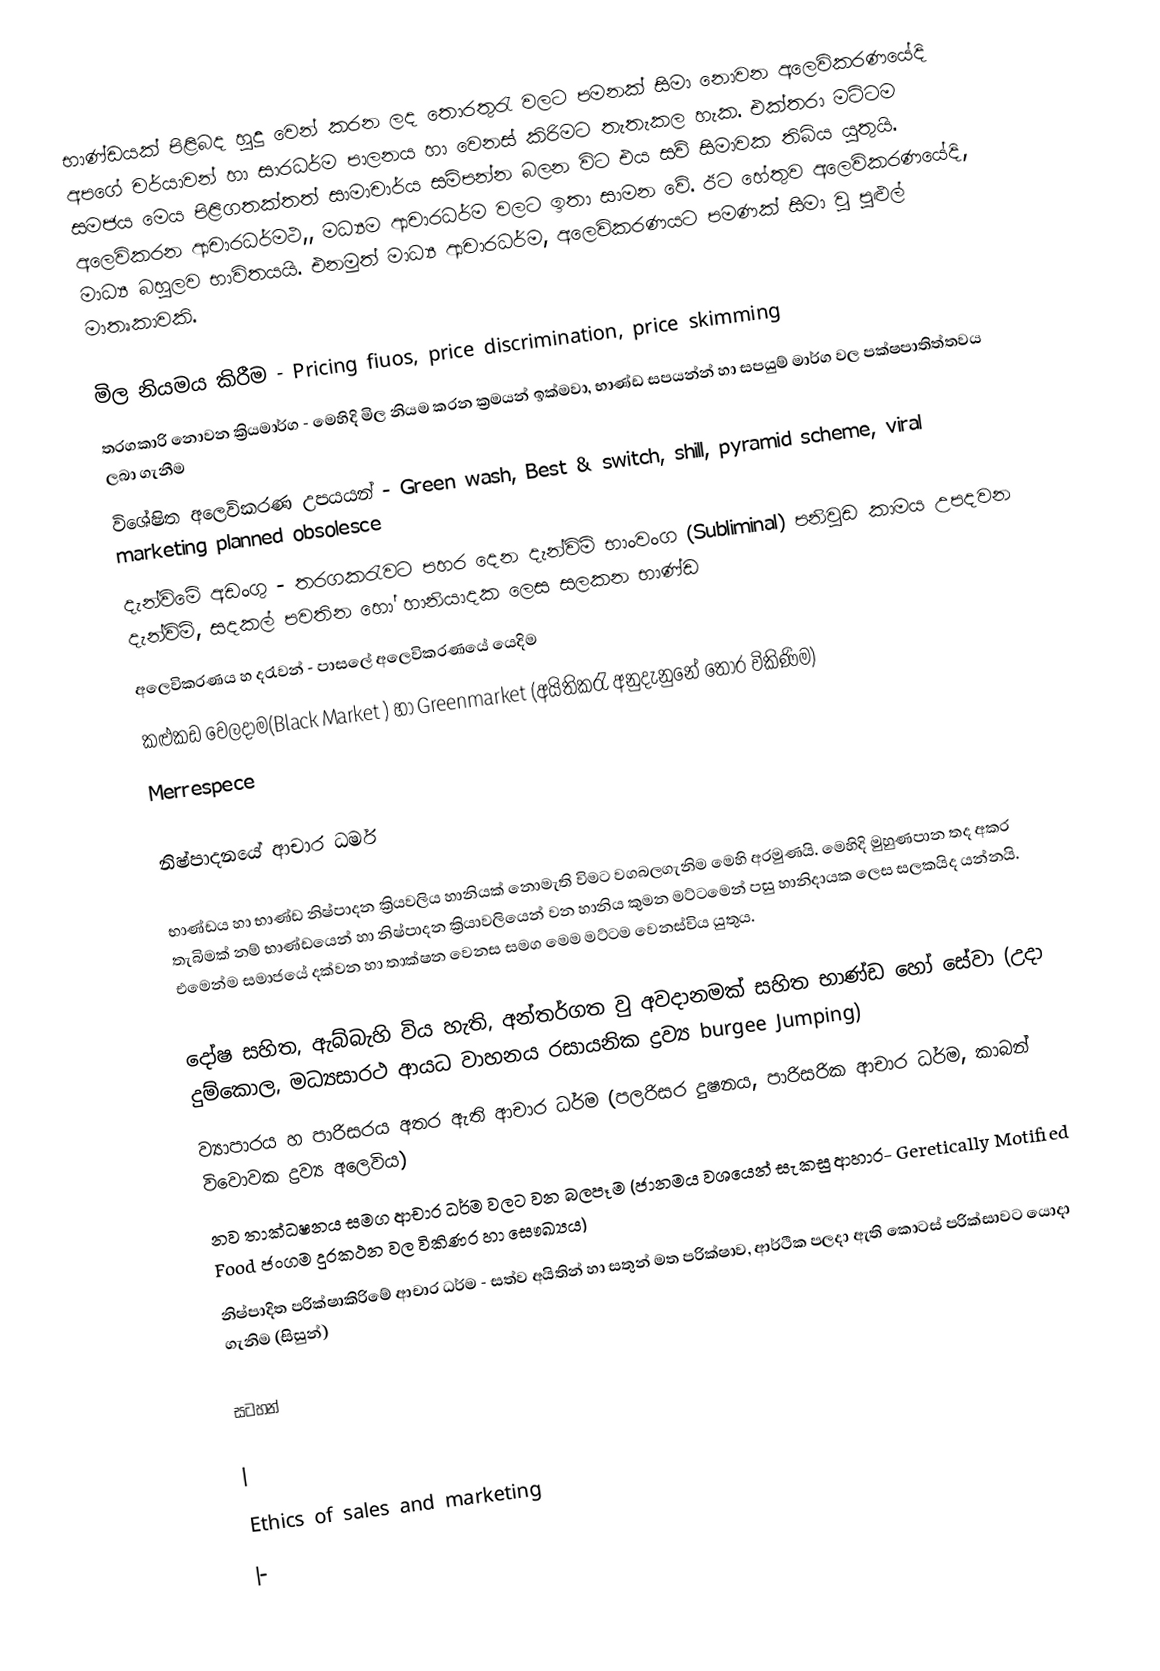
භාණ්ඩයක් පිළිබද හුදු වෙන් කරන ලද තොරතුරැ වලට පමනක් සිමා නොවන අලෙවිකරණයේදි අපගේ චර්යාවන් හා සාරධර්ම පාලනය හා වෙනස් කිරිමට තැතැකල හැක. එක්තරා මට්ටම සමජය මෙය පිළිගතක්තත් සාමාචාර්ය සම්පන්න බලන විට එය සව් සිමාවක තිබිය යුතුයි. අලෙවිකරන ආචාරධර්මථ,, මධ්‍යම ආචාරධර්ම වලට ඉතා සාමන වේ. ඊට හේතුව අලෙවිකරණයේදි, මාධ්‍ය බහුලව භාවිතයයි. එනමුත් මාධ්‍ය ආචාරධර්ම, අලෙවිකරණයට පමණක් සිමා වු පුළුල් මාතෘකාවකි.

මිල නියමය කිරීම - Pricing fiuos, price discrimination, price skimming
තරගකාරි නොවන ක්‍රියමාර්ග - මෙහිදි මිල නියම කරන ක්‍රමයන් ඉක්මවා, භාණ්ඩ සපයන්න් හා සපයුම් මාර්ග වල පක්ෂපාතිත්තවය ලබා ගැනීම
විශේෂිත අලෙවිකරණ උපයයන් - Green wash, Best & switch, shill, pyramid scheme, viral marketing planned obsolesce
දැන්විමේ අඩංගු - තරගකරැවට පහර දෙන දැන්විම් භාංවංග (Subliminal) පනිවුඩ කාමය උපදවන දැන්විම්, සදකල් පවතින හෝ හානියාදක ලෙස සලකන භාණ්ඩ
අලෙවිකරණය හ දරැවන් - පාසලේ අලෙවිකරණයේ යෙදිම
කළුකඩ වෙලදාම(Black Market ) හා Greenmarket  (අයිතිකරැ අනුදැනුනේ තොර විකිණිම)
Merrespece

නිෂ්පාදනයේ ආචාර ධර්ම

භාණ්ඩය හා භාණ්ඩ නිෂ්පාදන ක්‍රියවලිය හානියක් නොමැති විමට වගබලගැනිම මෙහි අරමුණයි. මෙහිදි මුහුණපාන තද අකර තැබිමක් නම් භාණ්ඩයෙන් හා නිෂ්පාදන ක්‍රියාවලියෙන් වන හානිය කුමන මට්ටමෙන් පසු හානිදායක ලෙස සලකයිද යන්නයි. එමෙන්ම සමාජයේ දක්වන හා තාක්ෂන වෙනස සමග මෙම මට්ටම වෙනස්විය යුතුය.

දෝෂ සහිත, ඇබ්බැහි විය හැති, අන්තර්ගත වු අවදානමක් සහිත භාණ්ඩ හෝ සේවා (උදා දුම්කොල, මධ්‍යසාරථ ආයධ වාහනය රසායනික ද්‍රව්‍ය burgee Jumping)
ව්‍යාපාරය හ පාරිසරය අතර ඇති ආචාර ධර්ම (පලරිසර දුෂනය, පාරිසරික ආචාර ධර්ම, කාබන් විවොවක ද්‍රව්‍ය අලෙවිය)
නව තාක්ධෂනය සමග ආචාර ධර්ම වලට වන බලපෑම (ජානමය වශයෙන් සැකසු ආහාර- Geretically Motified Food ජංගම දුරකථන වල විකිණර හා සෞඛ්‍යය)
නිෂ්පාදිත පරික්ෂාකිරිමේ ආචාර ධර්ම - සත්ව අයිතින් හා සතුන් මත පරික්ෂාව, ආර්ථික පලදා ඇති කොටස් පරික්සාවට යොදා ගැනිම (සිසුන්)

සටහන්

|
Ethics of sales and marketing
|-